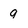
Character: 9